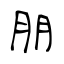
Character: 朋